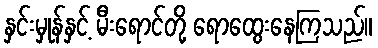
နှင်းမှုန်နှင့် မီးရောင်တို့ ရောထွေးနေကြသည်။